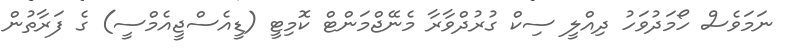
ނަމަވެސް ހޯމަދުވަހު ދިއްލީ ސިކް ގުރުދްވާރާ މެނޭޖްމަންޓް ކޮމިޓީ (ޑީއެސްޖީއެމްސީ) ގެ ފަރާތުން